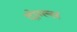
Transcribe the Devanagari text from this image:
दोग्ल्स